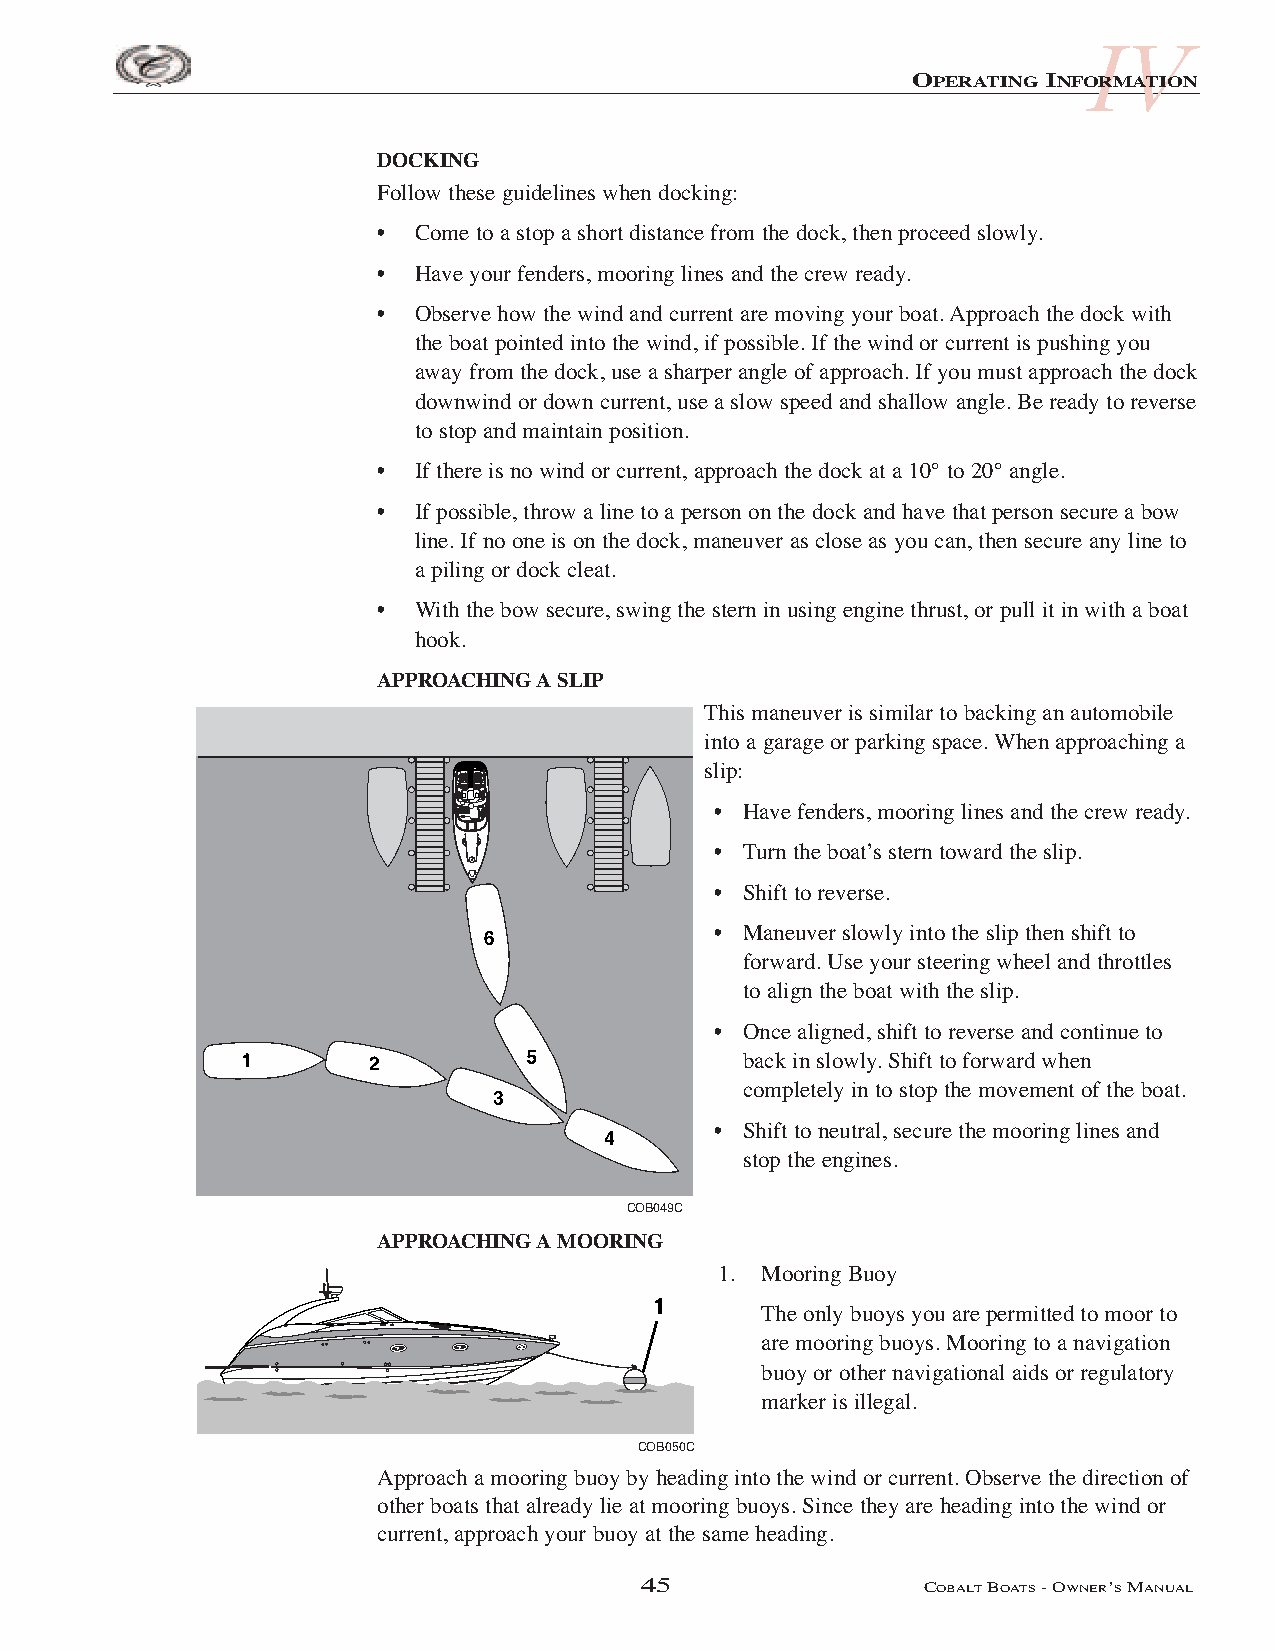
IV
 OPERATING INFORMATION
 DOCKING
 Follow these guidelines when docking:
 • Come to a stop a short distance from the dock, then proceed slowly.
 • Have your fenders, mooring lines and the crew ready.
 • Observe how the wind and current are moving your boat. Approach the dock with
 the boat pointed into the wind, if possible. If the wind or current is pushing you
 away from the dock, use a sharper angle of approach. If you must approach the dock
 downwind or down current, use a slow speed and shallow angle. Be ready to reverse
 to stop and maintain position.
 • If there is no wind or current, approach the dock at a 10° to 20° angle.
 • If possible, throw a line to a person on the dock and have that person secure a bow
 line. If no one is on the dock, maneuver as close as you can, then secure any line to
 a piling or dock cleat.
 • With the bow secure, swing the stern in using engine thrust, or pull it in with a boat
 hook.
 APPROACHING A SLIP
 This maneuver is similar to backing an automobile
 into a garage or parking space. When approaching a
 slip:
 • Have fenders, mooring lines and the crew ready.
 • Turn the boat’s stern toward the slip.
 • Shift to reverse.
 • Maneuver slowly into the slip then shift to
 forward. Use your steering wheel and throttles
 to align the boat with the slip.
 • Once aligned, shift to reverse and continue to
 back in slowly. Shift to forward when
 completely in to stop the movement of the boat.
 • Shift to neutral, secure the mooring lines and
 stop the engines.
 COB049C
 APPROACHING A MOORING
 1. Mooring Buoy
 1
 The only buoys you are permitted to moor to
 are mooring buoys. Mooring to a navigation
 buoy or other navigational aids or regulatory
 marker is illegal.
 COB050C
 Approach a mooring buoy by heading into the wind or current. Observe the direction of
 other boats that already lie at mooring buoys. Since they are heading into the wind or
 current, approach your buoy at the same heading.
 45                 COBALTBOATS- OWNER’SMANUAL